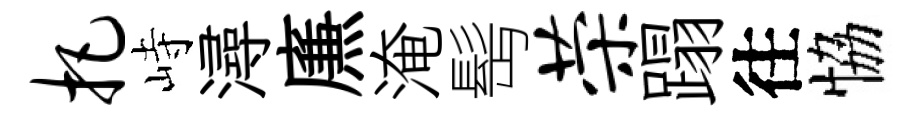
把峙潯㢘淹髩荣蹋往恊